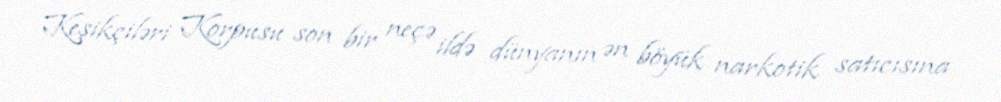
Keşikçiləri Korpusu son bir neçə ildə dünyanın ən böyük narkotik satıcısına